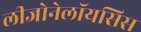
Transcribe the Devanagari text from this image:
लीजोनेलॉयसिस